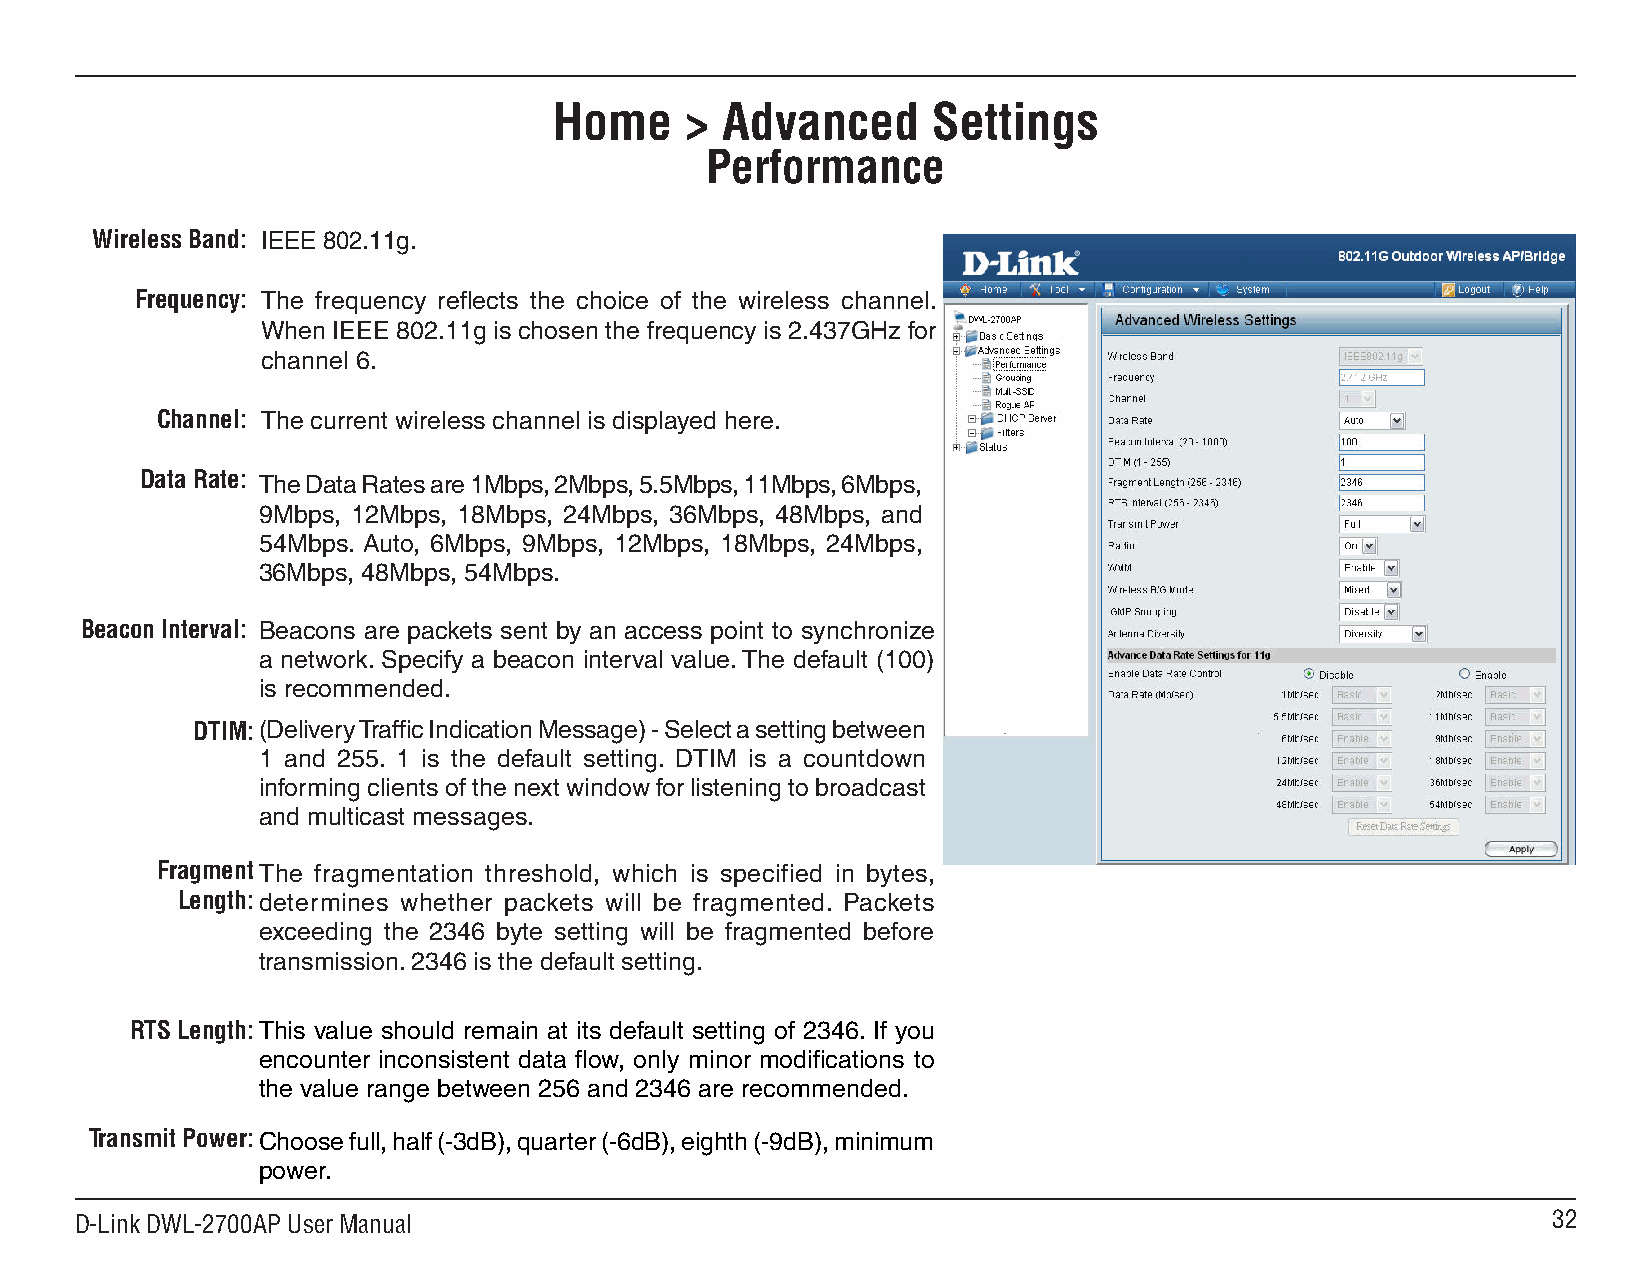
Home    >  Advanced      Settings
 Performance
 Wireless Band: IEEE 802.11g.
 Frequency: The frequency reflects the choice of the wireless channel.
 When IEEE 802.11g is chosen the frequency is 2.437GHz for
 channel 6.
 Channel: The current wireless channel is displayed here.
 Data Rate: The Data Rates are 1Mbps, 2Mbps, 5.5Mbps, 11Mbps, 6Mbps,
 9Mbps, 12Mbps, 18Mbps, 24Mbps, 36Mbps, 48Mbps, and
 54Mbps. Auto, 6Mbps, 9Mbps, 12Mbps, 18Mbps, 24Mbps,
 36Mbps, 48Mbps, 54Mbps.
 Beacon Interval: Beacons are packets sent by an access point to synchronize
 a network. Specify a beacon interval value. The default (100)
 is recommended.
 DTIM:(Delivery Traffic Indication Message) - Select a setting between
 1 and 255. 1 is the default setting. DTIM is a countdown
 informing clients of the next window for listening to broadcast
 and multicast messages.
 Fragment The fragmentation threshold, which is specified in bytes,
 Length:determines whether packets will be fragmented. Packets
 exceeding the 2346 byte setting will be fragmented before
 transmission. 2346 is the default setting.
 RTS Length:This value should remain at its default setting of 2346. If you
 encounter inconsistent data flow, only minor modifications to
 the value range between 256 and 2346 are recommended.
 Transmit Power:Choose full, half (-3dB), quarter (-6dB), eighth (-9dB), minimum
 power.
 D-Link DWL-2700AP User Manual                                                                     2